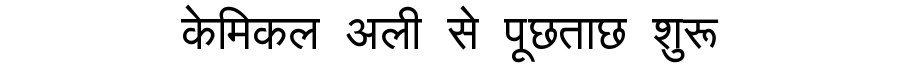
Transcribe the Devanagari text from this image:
केमिकल अली से पूछताछ शुरू